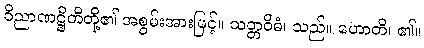
ဝိညာဏဋ္ဌိတိတို့၏ အစွမ်းအားဖြင့်။ သတ္တဝိဓံ၊ သည်။ ဟောတိ၊ ၏။